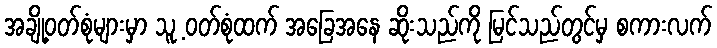
အချို့ဝတ်စုံများမှာ သူ့ ဝတ်စုံထက် အခြေအနေ ဆိုးသည်ကို မြင်သည်တွင်မှ စကားလက်